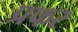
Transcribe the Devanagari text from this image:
प्रफर